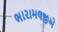
ભારામલજીએ